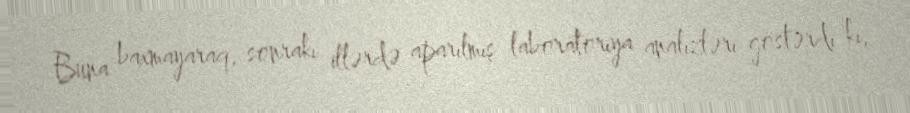
Buna baxmayaraq, sonrakı illərdə aparılmış laboratoriya analizləri göstərdi ki,